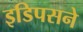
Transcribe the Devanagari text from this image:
इडिपसने